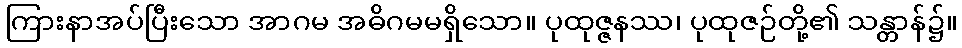
ကြားနာအပ်ပြီးသော အာဂမ အဓိဂမမရှိသော။ ပုထုဇ္ဇနဿ၊ ပုထုဇဉ်တို့၏ သန္တာန်၌။